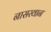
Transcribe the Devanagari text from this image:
नासरवान